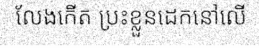
លែងកើត ប្រះខ្លួនដេកនៅលើ